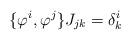
LaTeX: \begin{align*}\{\varphi ^{i},\varphi ^{j}\}J_{jk}=\delta _{k}^{i} \end{align*}